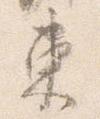
東